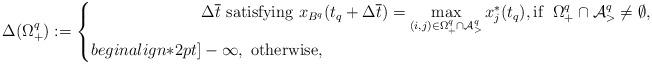
LaTeX: \begin{align*}\Delta(\Omega^q_+) := \left\{\begin{aligned}& \Delta \overline{t} \mbox{ satisfying } x_{B^q}(t_q + \Delta \overline{t}) = \max_{(i,j)\in \Omega^q_+ \cap {\cal A}^q_>} x^*_j(t_q), \mbox{if } \; \Omega^q_+ \cap {\cal A}^q_> \neq \emptyset, \\begin{align*}2pt]& -\infty, \mbox{ otherwise,}\end{aligned}\right.\end{align*}